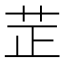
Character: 𦭒